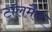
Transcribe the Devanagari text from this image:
टॉलमैन